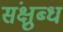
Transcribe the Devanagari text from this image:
संक्षुब्ध